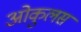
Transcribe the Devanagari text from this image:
ओकुलस